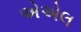
એએલ